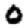
Digit: 0